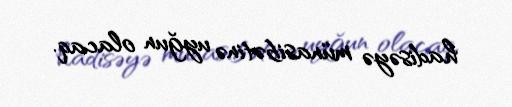
hadisəyə münasibətinə uyğun olacaq.